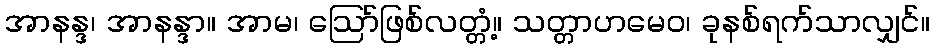
အာနန္ဒ၊ အာနန္ဒာ။ အာမ၊ ဩော်ဖြစ်လတ္တံ့။ သတ္တာဟမေဝ၊ ခုနစ်ရက်သာလျှင်။